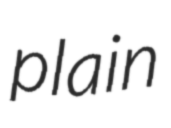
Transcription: plain